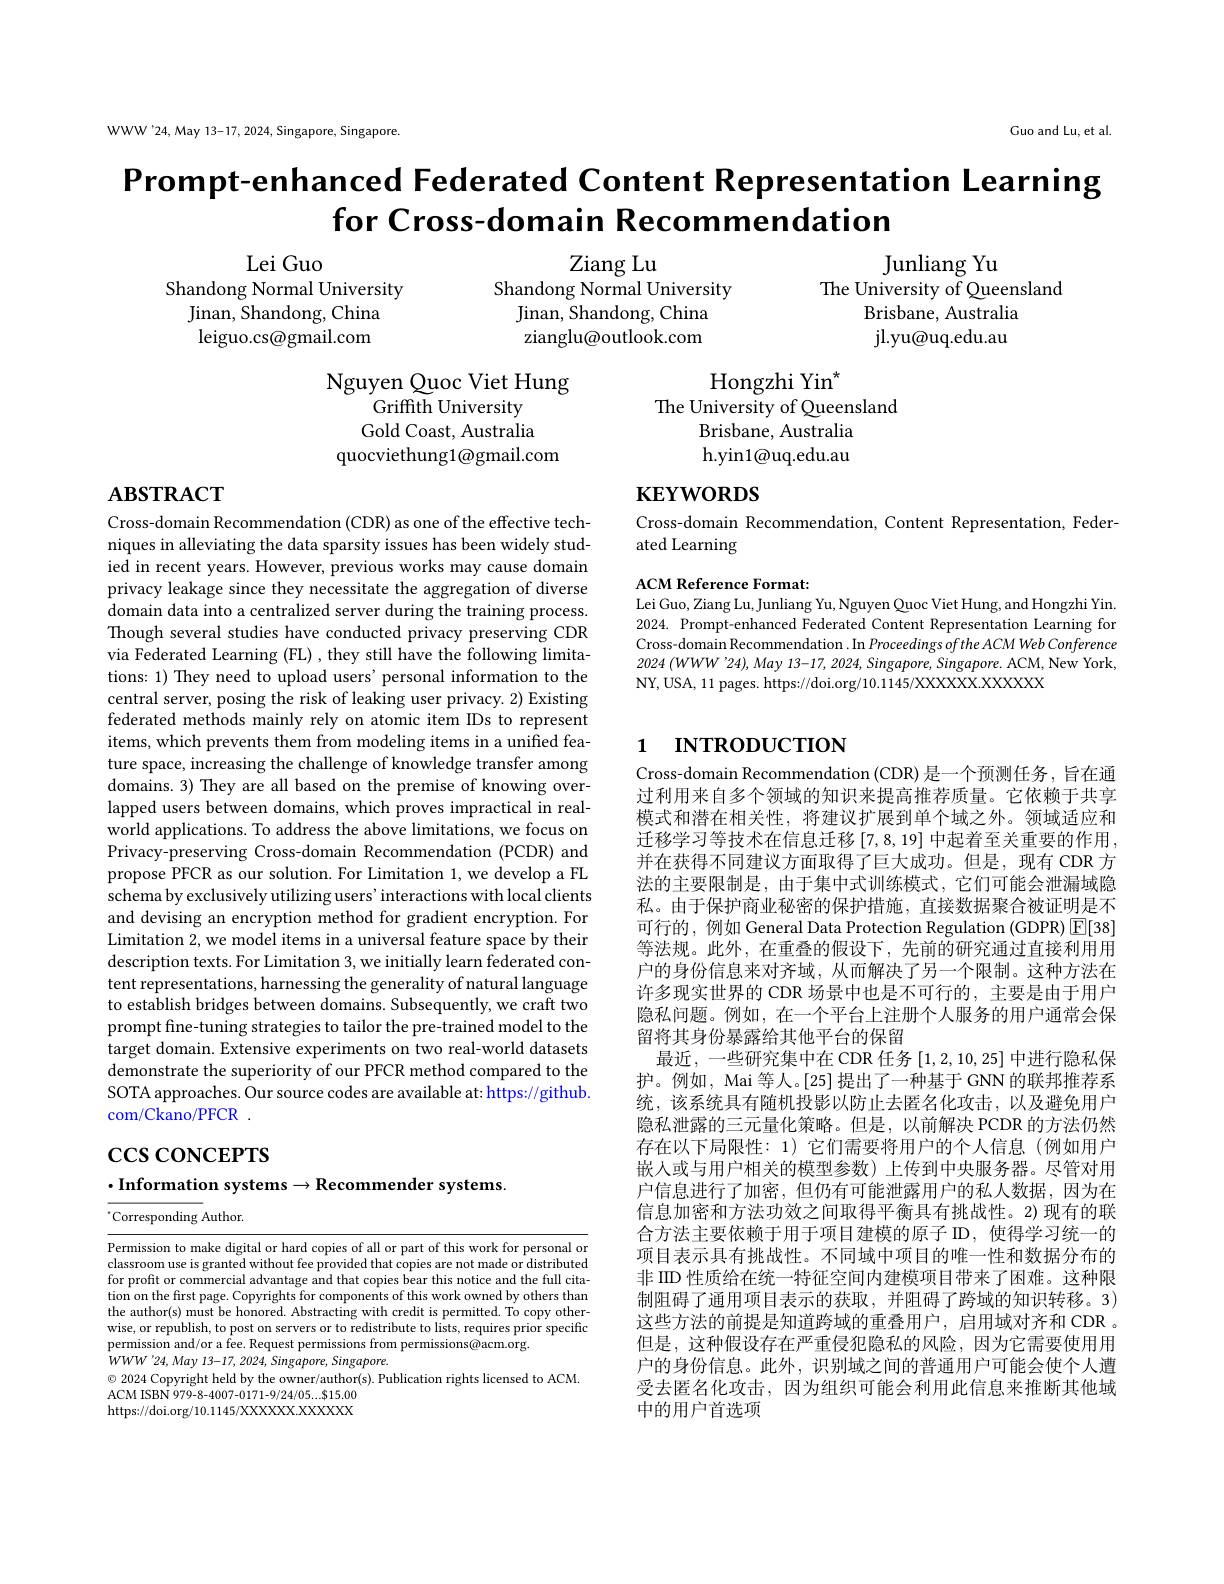
WWW'24,May 13-17, 2024, Singapore, Singapore.

Guo and Lu, et al.

# Prompt-enhanced Federated Content Representation Learning for Cross-domain Recommendation

Ziang Lu
Shandong Normal University
Jinan, Shandong, China zianglu@outlook.com

Lei Guo
Shandong Normal University
Jinan, Shandong, China leiguo.cs@gmail.com

Junliang Yu
The University of Queensland
Brisbane, Australia jl. yu@ uq. edu. au

Nguyen Quoc Viet Hung
Hongzhi Yin$^*$
Griffith University
The University of Queensland
Gold Coast, Australia
Brisbane, Australia h.yin1@uq.edu.au
quocviethung1@gmail.com

## $\mathbf{ABSTRACT}$

# $\mathbf{KEYWORDS}$

Cross-domain Recommendation, Content Representation, Feder-
ated Learning

ACM Reference Format:
Lei Guo, Ziang Lu, Junliang Yu, Nguyen Quoc Viet Hung, and Hongzhi Yin. 2024. Prompt-enhanced Federated Content Representation Learning for Cross-domain Recommendation . In Proceedings ofthe ACM Web Conference $2024\left(WWW"24\right),May13-17,2024,Singapore,Singapore.ACM,NewYork$, NY, USA, 11 pages. https://doi.org/10.1145/XXXXXX.XXXXX

# 1 INTRODUCTION

Cross-domain Recommendation (CDR) as one of the effective techniques in alleviating the data sparsity issues has been widely studied in recent years. However, previous works may cause domain privacy leakage since they necessitate the aggregation of diverse domain data into a centralized server during the training process. Though several studies have conducted privacy preserving CDR via Federated Learning (FL) , they still have the following limitations: 1) They need to upload users' personal information to the central server, posing the risk of leaking user privacy. 2) Existing federated methods mainly rely on atomic item IDs to represent items, which prevents them from modeling items in a unified feature space, increasing the challenge of knowledge transfer among domains. 3) They are all based on the premise of knowing overlapped users between domains, which proves impractical in realworld applications. To address the above limitations, we focus on Privacy-preserving Cross-domain Recommendation (PCDR) and propose PFCR as our solution. For Limitation 1, we develop a FL schema by exclusively utilizing users' interactions with local clients and devising an encryption method for gradient encryption. For Limitation 2, we model items in a universal feature space by their description texts. For Limitation 3, we initially learn federated content representations, harnessing the generality of natural language to establish bridges between domains. Subsequently, we craft two prompt fine-tuning strategies to tailor the pre-trained model to the target domain. Extensive experiments on two real-world datasets demonstrate the superiority of our PFCR method compared to the SOTA approaches. Our source codes are available at: https://github. com/Ckano/PFCR .

Cross-domain Recommendation (CDR) 是一个预测任务，旨在通过利用来自多个领域的知识来提高推荐质量。它依赖于共享模式和潜在相关性，将建议扩展到单个域之外。领域适应和迁移学习等技术在信息迁移 [7,8,19] 中起着至关重要的作用， 并在获得不同建议方面取得了巨大成功。但是，现有 CDR 方法的主要限制是，由于集中式训练模式，它们可能会泄漏域隐私。由于保护商业秘密的保护措施，直接数据聚合被证明是不可行的，例如 General Data Protection Regulation (GDPR) $\boxed{\mathrm{E}}[38]$ 等法规。此外，在重叠的假设下，先前的研究通过直接利用用户的身份信息来对齐域，从而解决了另一个限制。这种方法在许多现实世界的 CDR 场景中也是不可行的，主要是由于用户隐私问题。例如，在一个平台上注册个人服务的用户通常会保留将其身份暴露给其他平台的保留
最近，一些研究集中在 CDR 任务[1,2,10,25]中进行隐私保护。例如，Mai 等人。[25] 提出了一种基于 GNN 的联邦推荐系统，该系统具有随机投影以防止去匿名化攻击，以及避免用户隐私泄露的三元量化策略。但是，以前解决 PCDR 的方法仍然存在以下局限性：1)它们需要将用户的个人信息(例如用户嵌人或与用户相关的模型参数)上传到中央服务器。尽管对用户信息进行了加密，但仍有可能泄露用户的私人数据，因为在信息加密和方法功效之间取得平衡具有挑战性。2)现有的联合方法主要依赖于用于项目建模的原子 ID, 使得学习统一的项目表示具有挑战性。不同域中项目的唯一性和数据分布的非 IID 性质给在统一特征空间内建模项目带来了困难。这种限制阻碍了通用项目表示的获取，并阻碍了跨域的知识转移。3) 这些方法的前提是知道跨域的重叠用户，启用域对齐和 CDR 。但是，这种假设存在严重侵犯隐私的风险，因为它需要使用用户的身份信息。此外，识别域之间的普通用户可能会使个人遭受去匿名化攻击，因为组织可能会利用此信息来推断其他域中的用户首选项

# $\csc\csc$coNCEPTS

$\cdot$Information systems$\to$Recommender systems.

$^{*}$Corresponding Author.

Permission to make digital or hard copies of all or part of this work for personal or classroom use is granted without fee provided that copies are not made or distributed for profit or commercial advantage and that copies bear this notice and the full citation on the first page. Copyrights for components of this work owned by others than the author(s) must be honored. Abstracting with credit is permitted. To copy otherwise, or republish, to post on servers or to redistribute to lists, requires prior specific permission and/or a fee. Request permissions from permissions@acm.org.
$WWW$'24, May 13-17, 2024, Singapore, Singapore.
$\odot$ 2024 Copyright held by the owner/author(s). Publication rights licensed to ACM.
$ACMISBN979-8-4007-0171-9/24/05...\$15.00$ https://doi.org/10.1145/XXXXXX.XXXXX